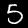
Label: 5